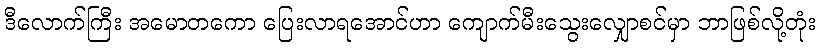
ဒီလောက်ကြီး အမောတကော ပြေးလာရအောင်ဟာ ကျောက်မီးသွေးလျှောစင်မှာ ဘာဖြစ်လို့တုံး